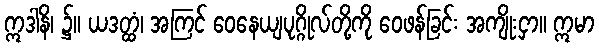
ဣဒါနိ၊ ၌။ ယဒတ္ထံ၊ အကြင် ဝေနေယျပုဂ္ဂိုလ်တို့ကို ဝေဖန်ခြင်း အကျိုးငှာ။ ဣမာ